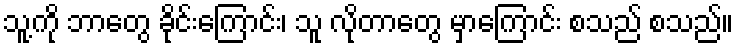
သူ့ကို ဘာတွေ ခိုင်းကြောင်း၊ သူ လိုတာတွေ မှာကြောင်း စသည် စသည်။